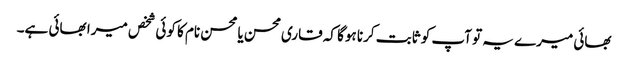
بھائی میرے یہ تو آپ کو ثابت کرنا ہوگا کہ قاری محسن یا محسن نام کا کوئی شخص میرا بھائی ہے۔